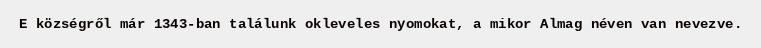
E községről már 1343-ban találunk okleveles nyomokat, a mikor Almag néven van nevezve.